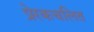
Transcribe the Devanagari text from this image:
प्रेरकचलित